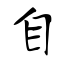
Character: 自